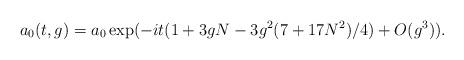
LaTeX: \begin{align*}a_{0}(t,g)=a_{0}\exp(-it(1+3gN-3g^{2}(7+17N^{2})/4) +O(g^3)).\end{align*}